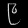
Digit: ၉